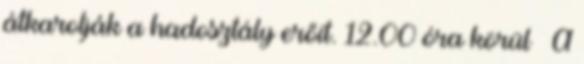
átkarolják a hadosztály erőit. 12.00 óra körül – A